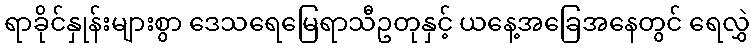
ရာခိုင်နှုန်းများစွာ ဒေသရေမြေရာသီဥတုနှင့် ယနေ့အခြေအနေတွင် ရေလွှဲ